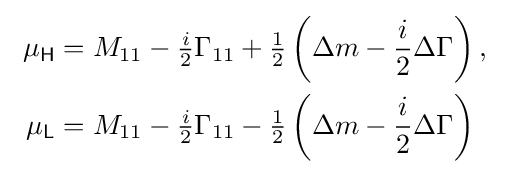
\ {\begin{aligned}\mu _{\mathsf {H}}&=M_{11}-{\tfrac {i}{2}}\Gamma _{11}+{\tfrac {1}{2}}\left(\Delta m-{\frac {i}{2}}\Delta \Gamma \right),\\\mu _{\mathsf {L}}&=M_{11}-{\tfrac {i}{2}}\Gamma _{11}-{\tfrac {1}{2}}\left(\Delta m-{\frac {i}{2}}\Delta \Gamma \right)\end{aligned}}\